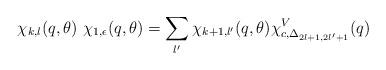
LaTeX: \begin{align*}\chi_{k,l}(q,\theta)~\chi_{1,\epsilon}(q,\theta) = \sum_{l'} \chi_{k+1, l'}(q,\theta) \chi^{V}_{c,\Delta_{2l+1,2l'+1}} (q)\end{align*}